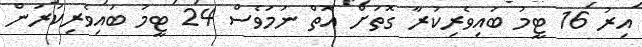
އިރު 16 ޓީމު ބައިވެރިކުރާ ގޮތަށް އޮތް ނަމަވެސް 24 ޓީމު ބައިވެރިކުރަން